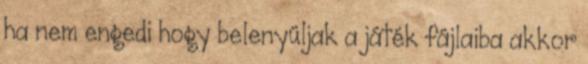
ha nem engedi hogy belenyúljak a játék fájlaiba akkor